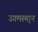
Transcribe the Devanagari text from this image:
उगमस्था्न